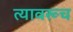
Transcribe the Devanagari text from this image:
त्यावरूच